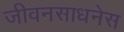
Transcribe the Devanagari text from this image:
जीवनसाधनेस